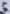
Text: 5